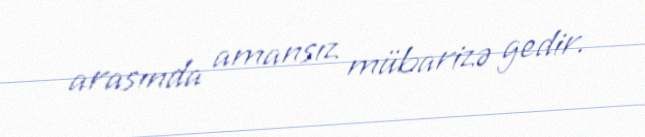
arasında amansız mübarizə gedir.